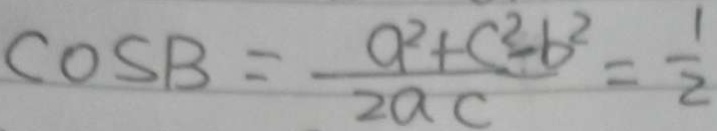
\cos B = \frac { a ^ { 2 } + c ^ { 2 } - b ^ { 2 } } { 2 a c } = \frac { 1 } { 2 }